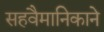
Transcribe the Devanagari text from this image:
सहवैमानिकाने